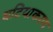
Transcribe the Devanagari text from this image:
घटियाकरण